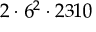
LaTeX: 2 \cdot 6 ^ { 2 } \cdot 2 3 1 0